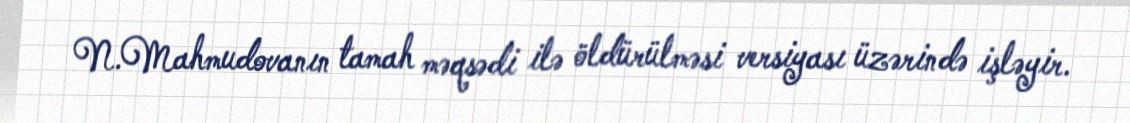
N.Mahmudovanın tamah məqsədi ilə öldürülməsi versiyası üzərində işləyir.